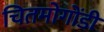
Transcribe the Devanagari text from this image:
चितमोगोंडी